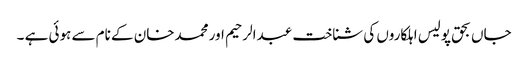
جاں بحق پولیس اہلکاروں کی شناخت عبدالرحیم اور محمدخان کے نام سے ہوئی ہے ۔